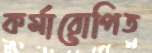
কর্মারোপিত